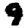
Digit: 9